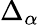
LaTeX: \Delta_{\alpha}